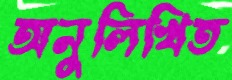
অনুলিখিত